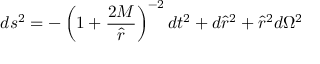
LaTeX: d s ^ { 2 } = - \left( 1 + \frac { 2 M } { \hat { r } } \right) ^ { - 2 } d t ^ { 2 } + d { \hat { r } } ^ { 2 } + { \hat { r } } ^ { 2 } d \Omega ^ { 2 }